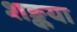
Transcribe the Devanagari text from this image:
शङ्कया